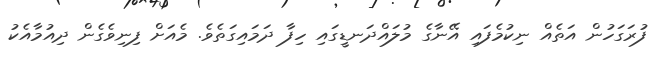
ފުރަގަހުން އަތެއް ނިކުމެފައި އޭނާގެ މުލައްދަނޑީގައި ހިފާ ދަމައިގަތެވެ. މެއަށް ފިނިވެގެން ދިއުމާއެކު